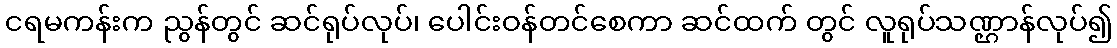
ငရမကန်းက ညွန်တွင် ဆင်ရုပ်လုပ်၊ ပေါင်းဝန်တင်စေကာ ဆင်ထက် တွင် လူရုပ်သဏ္ဌာန်လုပ်၍